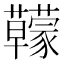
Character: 𧅭